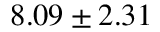
8 . 0 9 \pm 2 . 3 1